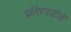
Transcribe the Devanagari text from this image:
प्रतिस्पर्द्धाओं